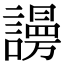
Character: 𧬒